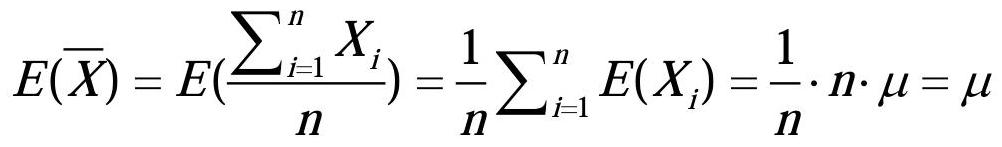
\[E(\overline{X}) = E(\frac{\sum_{i=1}^{n} X_{i}}{n}) = \frac{1}{n}\sum_{i=1}^{n} E(X_{i}) = \frac{1}{n}\cdot n\cdot \mu = \mu\]